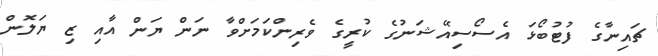
ޗައިނާގެ ފުޓުބޯޅަ އެސޯސިއޭޝަނުގެ ކުރީގެ ވެރިންކަމަށްވާ ނަން ޔަން އާއި ޒި ޔަލޮން